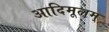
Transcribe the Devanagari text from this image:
आदिमूलम्